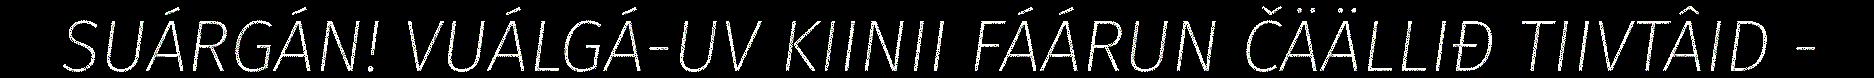
SUÁRGÁN! VUÁLGÁ-UV KIINII FÁÁRUN ČÄÄLLIĐ TIIVTÂID -